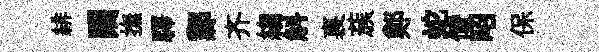
緋闚撫驛鄴齐縐斛裏蔟鄭蛇储昭保